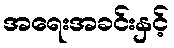
အရေးအခင်းနှင့်